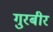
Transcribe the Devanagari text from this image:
गुरबीर